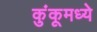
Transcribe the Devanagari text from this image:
कुंकूमध्ये